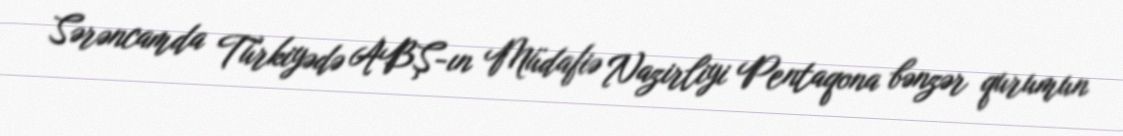
Sərəncamda Türkiyədə ABŞ-ın Müdafiə Nazirliyi Pentaqona bənzər qurumun